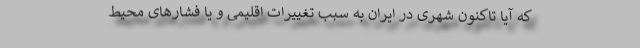
که آیا تاکنون شهری در ایران به سبب تغییرات اقلیمی و یا فشارهای محیط